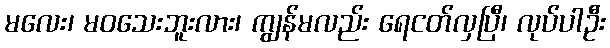
မလေး၊ မဝသေးဘူးလား၊ ကျွန်မလည်း ရေငတ်လှပြီ၊ လုပ်ပါဦး